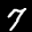
Label: 7